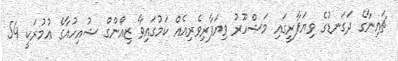
ޗައިނާގެ ދަގަނޑުގެ ވިޔަފާރީގައި މަޝްހޫރު ވިޔަފާރިވެރިއެއް ކަމުގައިވާ ޒިއޯންގް ޝުއިހުއާގެ ޢުމުރަކީ 54